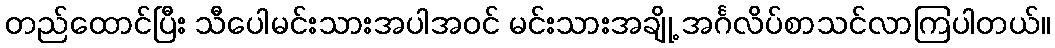
တည်ထောင်ပြီး သီပေါမင်းသားအပါအဝင် မင်းသားအချို့ အင်္ဂလိပ်စာသင်လာကြပါတယ်။